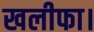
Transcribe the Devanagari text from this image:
खलीफा।